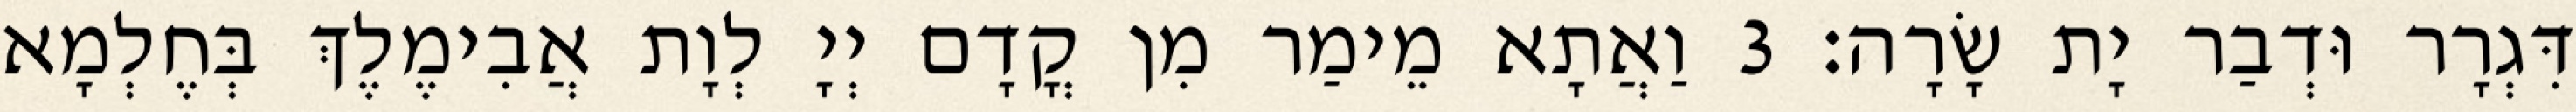
דִּגְרָר וּדְבַר יָת שָׂרָה׃ 3 וַאֲתָא מֵימַר מִן קֳדָם יְיָ לְוָת אֲבִימֶלֶךְ בְּחֶלְמָא